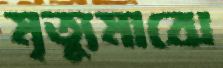
মৃত্যুমাঝে